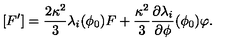
[ F ^ { \prime } ] = \frac { 2 \kappa ^ { 2 } } { 3 } \lambda _ { i } ( \phi _ { 0 } ) F + \frac { \kappa ^ { 2 } } { 3 } \frac { \partial \lambda _ { i } } { \partial \phi } ( \phi _ { 0 } ) \varphi .